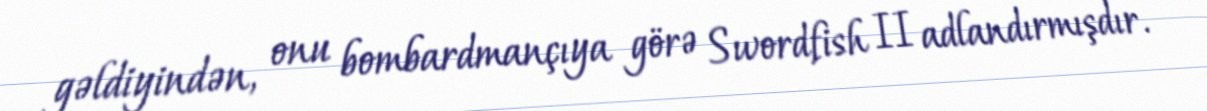
gəldiyindən, onu bombardmançıya görə Swordfish II adlandırmışdır.